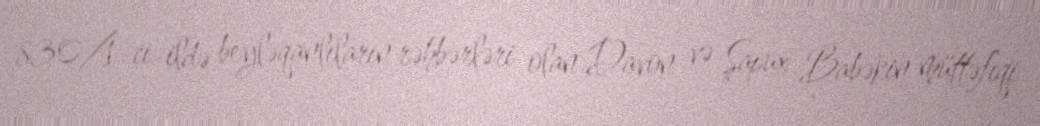
830/1-ci ildə beyləqanlıların rəhbərləri olan Davon və Şapux Babəkin müttəfıqi